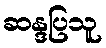
ဆန္ဒပြသူ